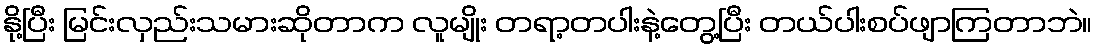
နို့ပြီး မြင်းလှည်းသမားဆိုတာက လူမျိုး တရာ့တပါးနဲ့တွေ့ပြီး တယ်ပါးစပ်ဖျာကြတာဘဲ။